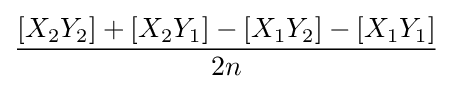
{\frac {[X_{2}Y_{2}]+[X_{2}Y_{1}]-[X_{1}Y_{2}]-[X_{1}Y_{1}]}{2n}}